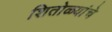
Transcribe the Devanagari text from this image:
शितोळ्यांचे